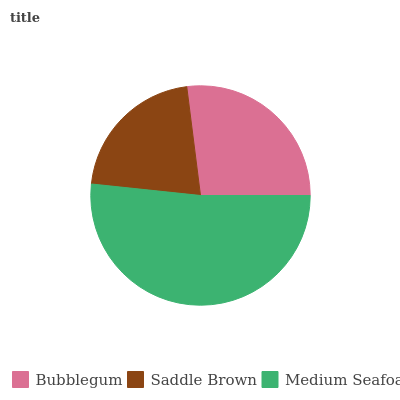
| Bubblegum | Saddle Brown | Medium Seafoam |
 | --- | --- | --- |
 | 27% | 21.3% | 51.7% |